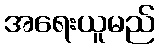
အရေးယူမည်